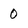
Character: 0